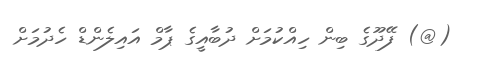
(@) ފޭދޫގެ ބިން ހިއްކުމަށް ދުބާއީގެ ޕާމް އައިލެންޑް ހެދުމަށް